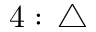
4 : \, \triangle